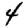
Digit: 4